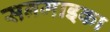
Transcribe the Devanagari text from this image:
सनमाइका